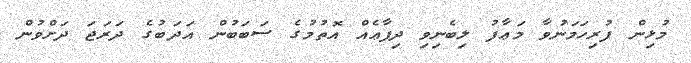
މުޅިން ފުރިހަމަނުވާ މަޢާފު ލިބެނިވި ދިފާޢެއް އޮތުމުގެ ސަބަބުން އަދަބުގެ ދަރަޖަ ދަށްވުން